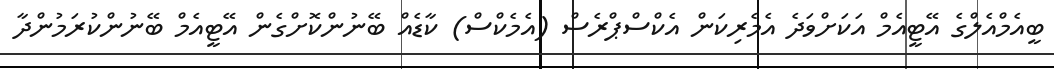
ބީއެމްއެލްގެ އޭޓީއެމް އަކަށްވަދެ އެމެރިކަން އެކްސްޕްރެސް (އެމެކްސް) ކާޑެއް ބޭނުންކޮށްގެން އޭޓީއެމް ބޭނުންކުރަމުންދާ